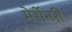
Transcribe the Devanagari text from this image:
मेर्सेनरी